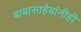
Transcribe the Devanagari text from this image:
बाबासाहेबांनीही